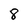
Character: 8